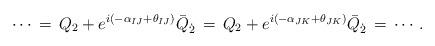
LaTeX: \begin{align*}\cdots \, = \, Q_2 + e^{i(-\alpha_{IJ}+\theta_{IJ})}\bar{Q}_{\dot{2}} \, = \, Q_2 + e^{i(-\alpha_{JK}+\theta_{JK})}\bar{Q}_{\dot{2}} \, = \, \cdots.\end{align*}